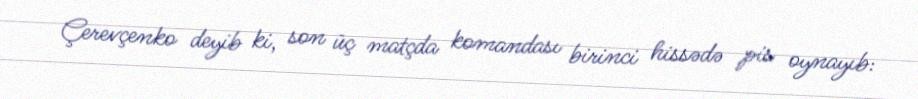
Çerevçenko deyib ki, son üç matçda komandası birinci hissədə pis oynayıb: